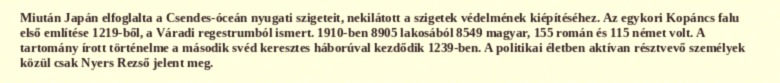
Miután Japán elfoglalta a Csendes-óceán nyugati szigeteit, nekilátott a szigetek védelmének kiépítéséhez. Az egykori Kopáncs falu első említése 1219-ből, a Váradi regestrumból ismert. 1910-ben 8905 lakosából 8549 magyar, 155 román és 115 német volt. A tartomány írott történelme a második svéd keresztes háborúval kezdődik 1239-ben. A politikai életben aktívan résztvevő személyek közül csak Nyers Rezső jelent meg.